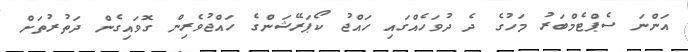
އަންނަ ސެޕްޓެމްބަރު މަހުގެ ދެ ދުވަހެއްގައި ހައްޖު ކޯޕަރޭޝަންގެ ހައްޖުވެރިން ގޮވައިގެން ދަތުރުތަށް